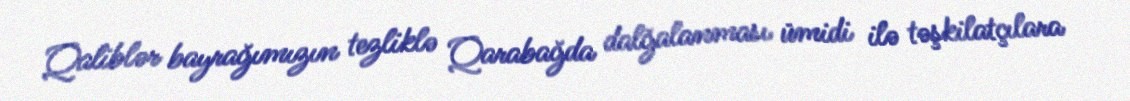
Qaliblər bayrağımızın tezliklə Qarabağda dalğalanması ümidi ilə təşkilatçılara